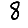
Digit: 8